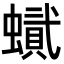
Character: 𧑰